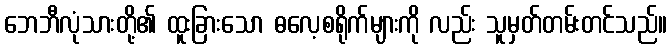
ဘေဘီလုံသားတို့၏ ထူးခြားသော ဓလေ့စရိုက်များကို လည်း သူမှတ်တမ်းတင်သည်။